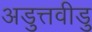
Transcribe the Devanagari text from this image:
अडुत्तवीडु